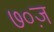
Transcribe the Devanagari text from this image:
७०ज़